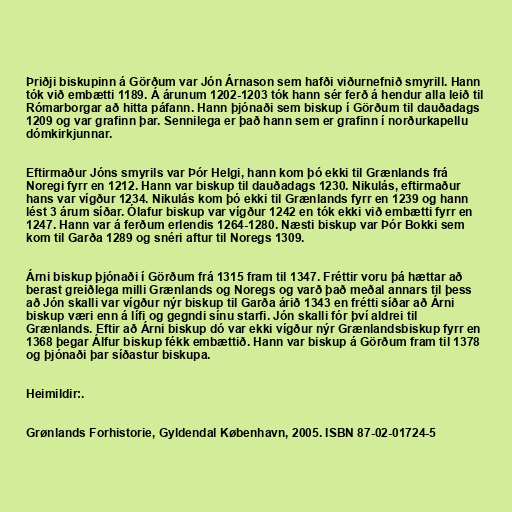
Þriðji biskupinn á Görðum var Jón Árnason sem hafði viðurnefnið smyrill. Hann
tók við embætti 1189. Á árunum 1202-1203 tók hann sér ferð á hendur alla leið til
Rómarborgar að hitta páfann. Hann þjónaði sem biskup í Görðum til dauðadags
1209 og var grafinn þar. Sennilega er það hann sem er grafinn í norðurkapellu
dómkirkjunnar.

Eftirmaður Jóns smyrils var Þór Helgi, hann kom þó ekki til Grænlands frá
Noregi fyrr en 1212. Hann var biskup til dauðadags 1230. Nikulás, eftirmaður
hans var vígður 1234. Nikulás kom þó ekki til Grænlands fyrr en 1239 og hann
lést 3 árum síðar. Ólafur biskup var vígður 1242 en tók ekki við embætti fyrr en
1247. Hann var á ferðum erlendis 1264-1280. Næsti biskup var Þór Bokki sem
kom til Garða 1289 og snéri aftur til Noregs 1309.

Árni biskup þjónaði í Görðum frá 1315 fram til 1347. Fréttir voru þá hættar að
berast greiðlega milli Grænlands og Noregs og varð það meðal annars til þess
að Jón skalli var vígður nýr biskup til Garða árið 1343 en frétti síðar að Árni
biskup væri enn á lífi og gegndi sínu starfi. Jón skalli fór því aldrei til
Grænlands. Eftir að Árni biskup dó var ekki vígður nýr Grænlandsbiskup fyrr en
1368 þegar Álfur biskup fékk embættið. Hann var biskup á Görðum fram til 1378
og þjónaði þar síðastur biskupa.

Heimildir:.

Grønlands Forhistorie, Gyldendal København, 2005. ISBN 87-02-01724-5